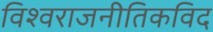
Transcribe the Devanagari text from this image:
विश्वराजनीतिकविद